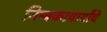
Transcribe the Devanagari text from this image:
निम्बकाचार्यांचे